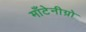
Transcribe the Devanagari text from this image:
माँटेनीग्रो